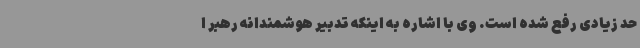
حد زیادی رفع شده است. وی با اشاره به اینکه تدبیر هوشمندانه رهبر ا